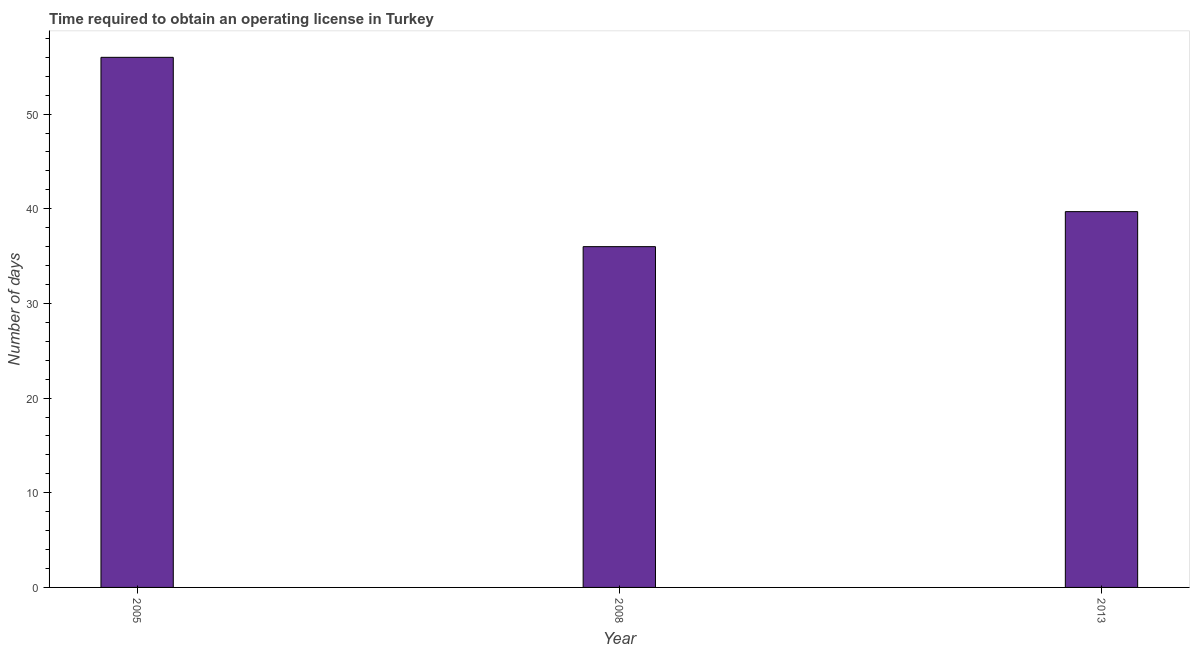
| Year | Obtain operating license |
 | --- | --- |
 | 2005 | 56 |
 | 2008 | 36 |
 | 2013 | 39.7 |